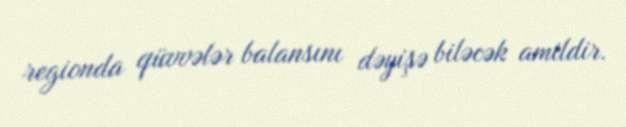
regionda qüvvələr balansını dəyişə biləcək amildir.